Civil Veterinary Department Bengal reports 1933-51 - 1933-1951
Year: 1933
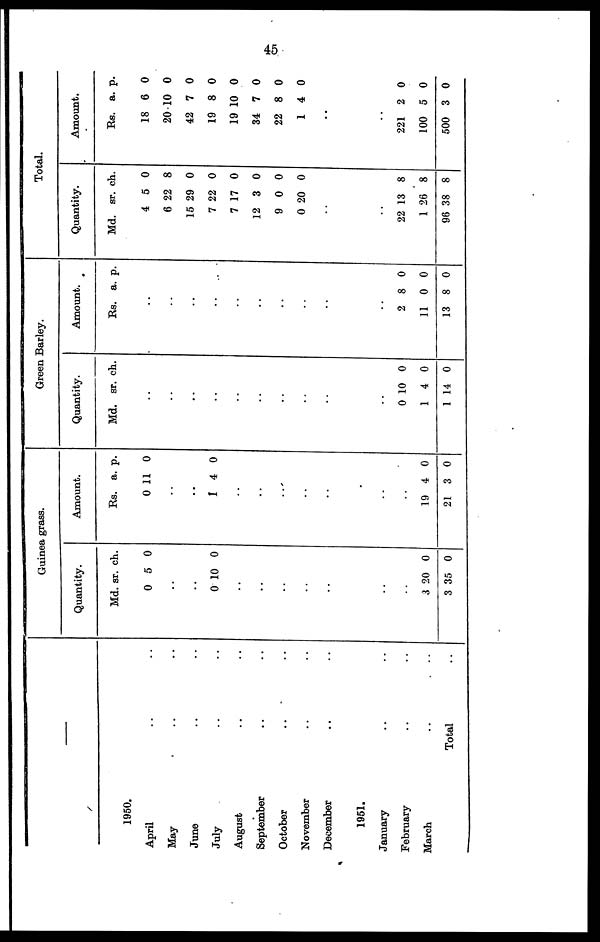
45
––
1950.
April .. ..
May .. ..
June .. ..
July .. ..
August .. ..
September .. ..
October .. ..
November .. ..
December .. ..
1951.
January .. ..
February .. ..
March .. ..
Total ..
Guinea grass.
Quantity.
Md.
0
..
..
0
..
..
..
..
..
sr.
5
10
ch.
0
0
..
..
3 2
3 3
0
5
0
0
Amount.
Rs.
0
..
..
1
..
..
..
..
..
a.
11
4
p.
0
0
..
..
19
21
4
3
0
0
Green Barley.
Quantity.
Md.
..
..
..
..
..
..
..
..
..
..
0
1
1
sr.
10
4
14
ch.
0
0
0
Amount.
Rs.
..
..
..
..
..
..
..
..
..
..
2
11
13
a.
8
0
8
p.
0
0
0
Total.
Quantity.
Md.
4
6
15
7
7
12
9
0 2
..
..
22
1
96
sr.
5
22
29
22
17
3
0
0
13
26
38
ch.
0
8
0
0
0
0
0
0
8
8
8
Amount.
Rs.
18
20
42
19
19 1
34
22
1
..
..
221
100
500
a.
6
10
7
8
0
7
8
4
2
5
3
p.
0
0
0
0
0
0
0
0
0
0
0